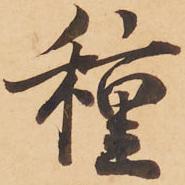
種